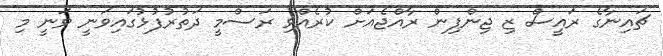
ޗައިނާގެ ރައީސް ޒި ޖިންޕިން ރާއްޖެއަށް ކުރެއްވި ރަސްމީ ދަތުރުފުޅުގައިވަނީ ވަނީ މި